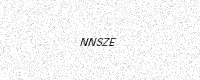
Text: NNSZE